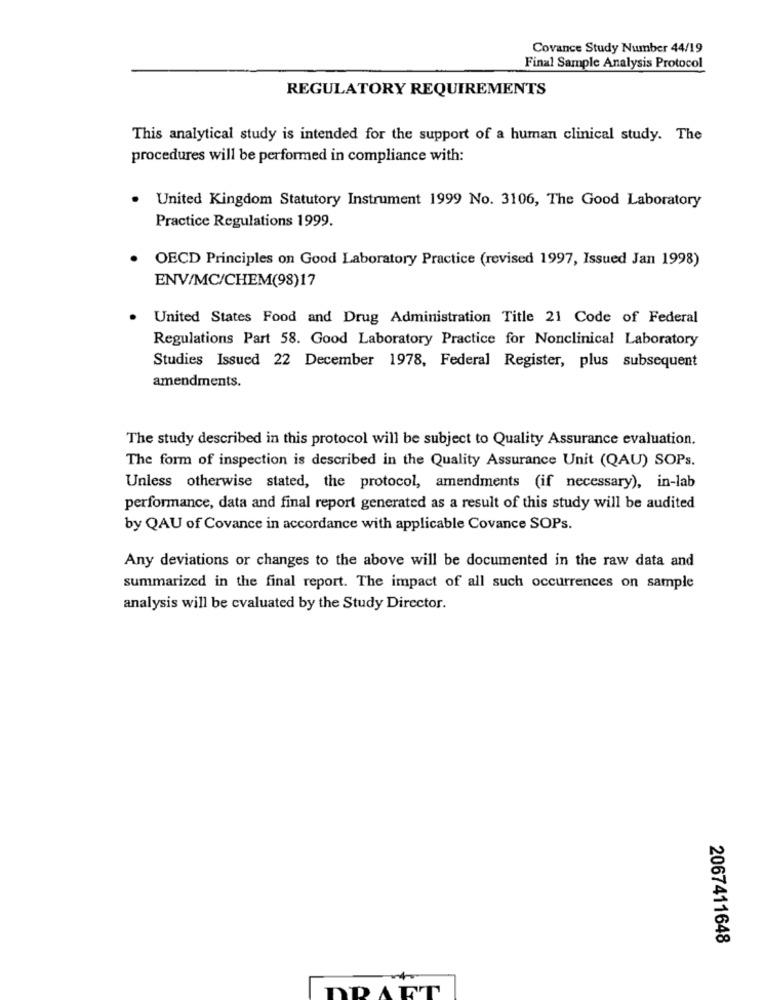
Covance Study Number 44/19
Final Sample Analysis Protocol
REGULATORY REQUIREMENTS
This analytical study is intended for the support of a human clinical study. The
procedures will be performed in compliance with:
United Kingdom Statutory Instrument 1999 No. 3106, The Good Laboratory
Practice Regulations 1999.
OECD Principles on Good Laboratory Practice (revised 1997, Issued Jan 1998)
ENV/MC/CHEM(98)17
United States Food and Drug Administration Title 21 Code of Federal
Regulations Part 58. Good Laboratory Practice for Nonclinical Laboratory
Studies Issued 22 December 1978, Federal Register, plus subsequent
amendments.
The study described in this protocol will be subject to Quality Assurance evaluation.
The form of inspection is described in the Quality Assurance Unit (QAU) SOPs.
Unless otherwise stated, the protocol, amendments (if necessary), in-lab
performance, data and final report generated as a result of this study will be audited
by QAU of Covance in accordance with applicable Covance SOPs.
Any deviations or changes to the above will be documented in the raw data and
summarized in the final report. The impact of all such occurrences on sample
analysis will be evaluated by the Study Director.
2067411648
DRAFT